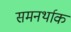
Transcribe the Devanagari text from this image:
समनर्थाक